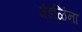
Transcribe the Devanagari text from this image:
मंडळिंना